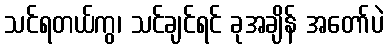
သင်ရတယ်ကွ၊ သင်ချင်ရင် ခုအချိန် အတော်ပဲ